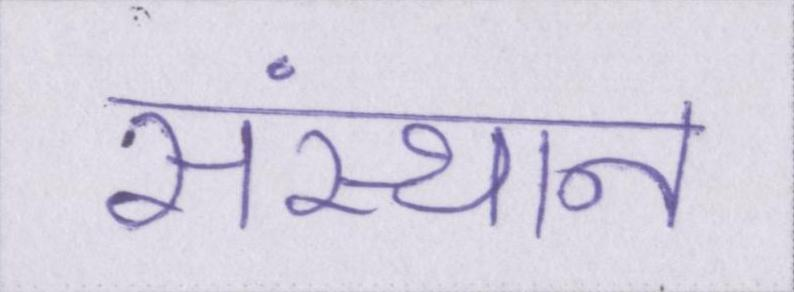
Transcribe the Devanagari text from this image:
संस्थान